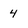
Character: 4